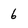
Character: 6